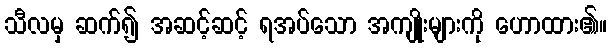
သီလမှ ဆက်၍ အဆင့်ဆင့် ရအပ်သော အကျိုးများကို ဟောထား၏။